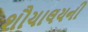
શૌચાલયની